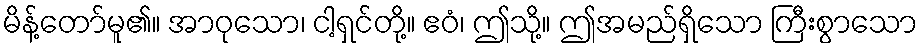
မိန့်တော်မူ၏။ အာဝုသော၊ ငါ့ရှင်တို့။ ဧဝံ၊ ဤသို့။ ဤအမည်ရှိသော ကြီးစွာသော